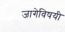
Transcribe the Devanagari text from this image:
जागेविषयी